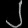
Digit: ၂